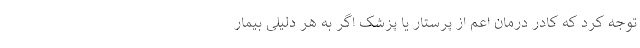
توجه کرد که کادر درمان اعم از پرستار یا پزشک اگر به هر دلیلی بیمار